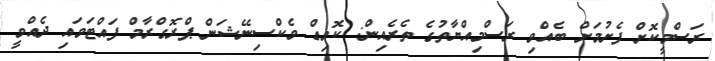
ރަސްމީކޮށް ފެށުމަށް ބެއްވި ރަސްމިއްޔާތުގެ ތެރެއިން: ކޮވިޑް ވެކްސިނޭޝަން ޕްރޮގްރާމް ފައްޓަވައި ދެއްވީ